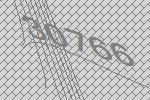
30766